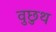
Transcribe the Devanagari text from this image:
वुछुथ